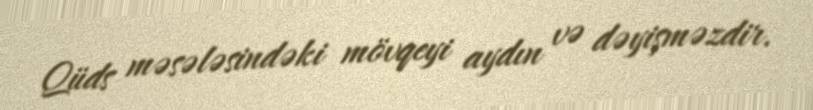
Qüds məsələsindəki mövqeyi aydın və dəyişməzdir.